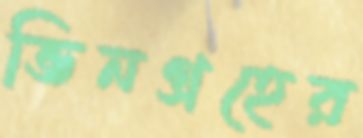
ভিনগ্রহের